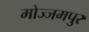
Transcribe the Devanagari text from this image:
मोज्जमपुर